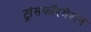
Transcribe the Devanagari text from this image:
ट्रांसफॉरमेशन